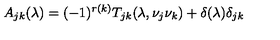
A _ { j k } ( \lambda ) = ( - 1 ) ^ { r ( k ) } T _ { j k } ( \lambda , \nu _ { j } \nu _ { k } ) + \delta ( \lambda ) \delta _ { j k }